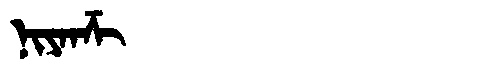
Manchu: ᠨᡳᠶᠠᠨᡯᡳ
Romanization: NIYANDZI